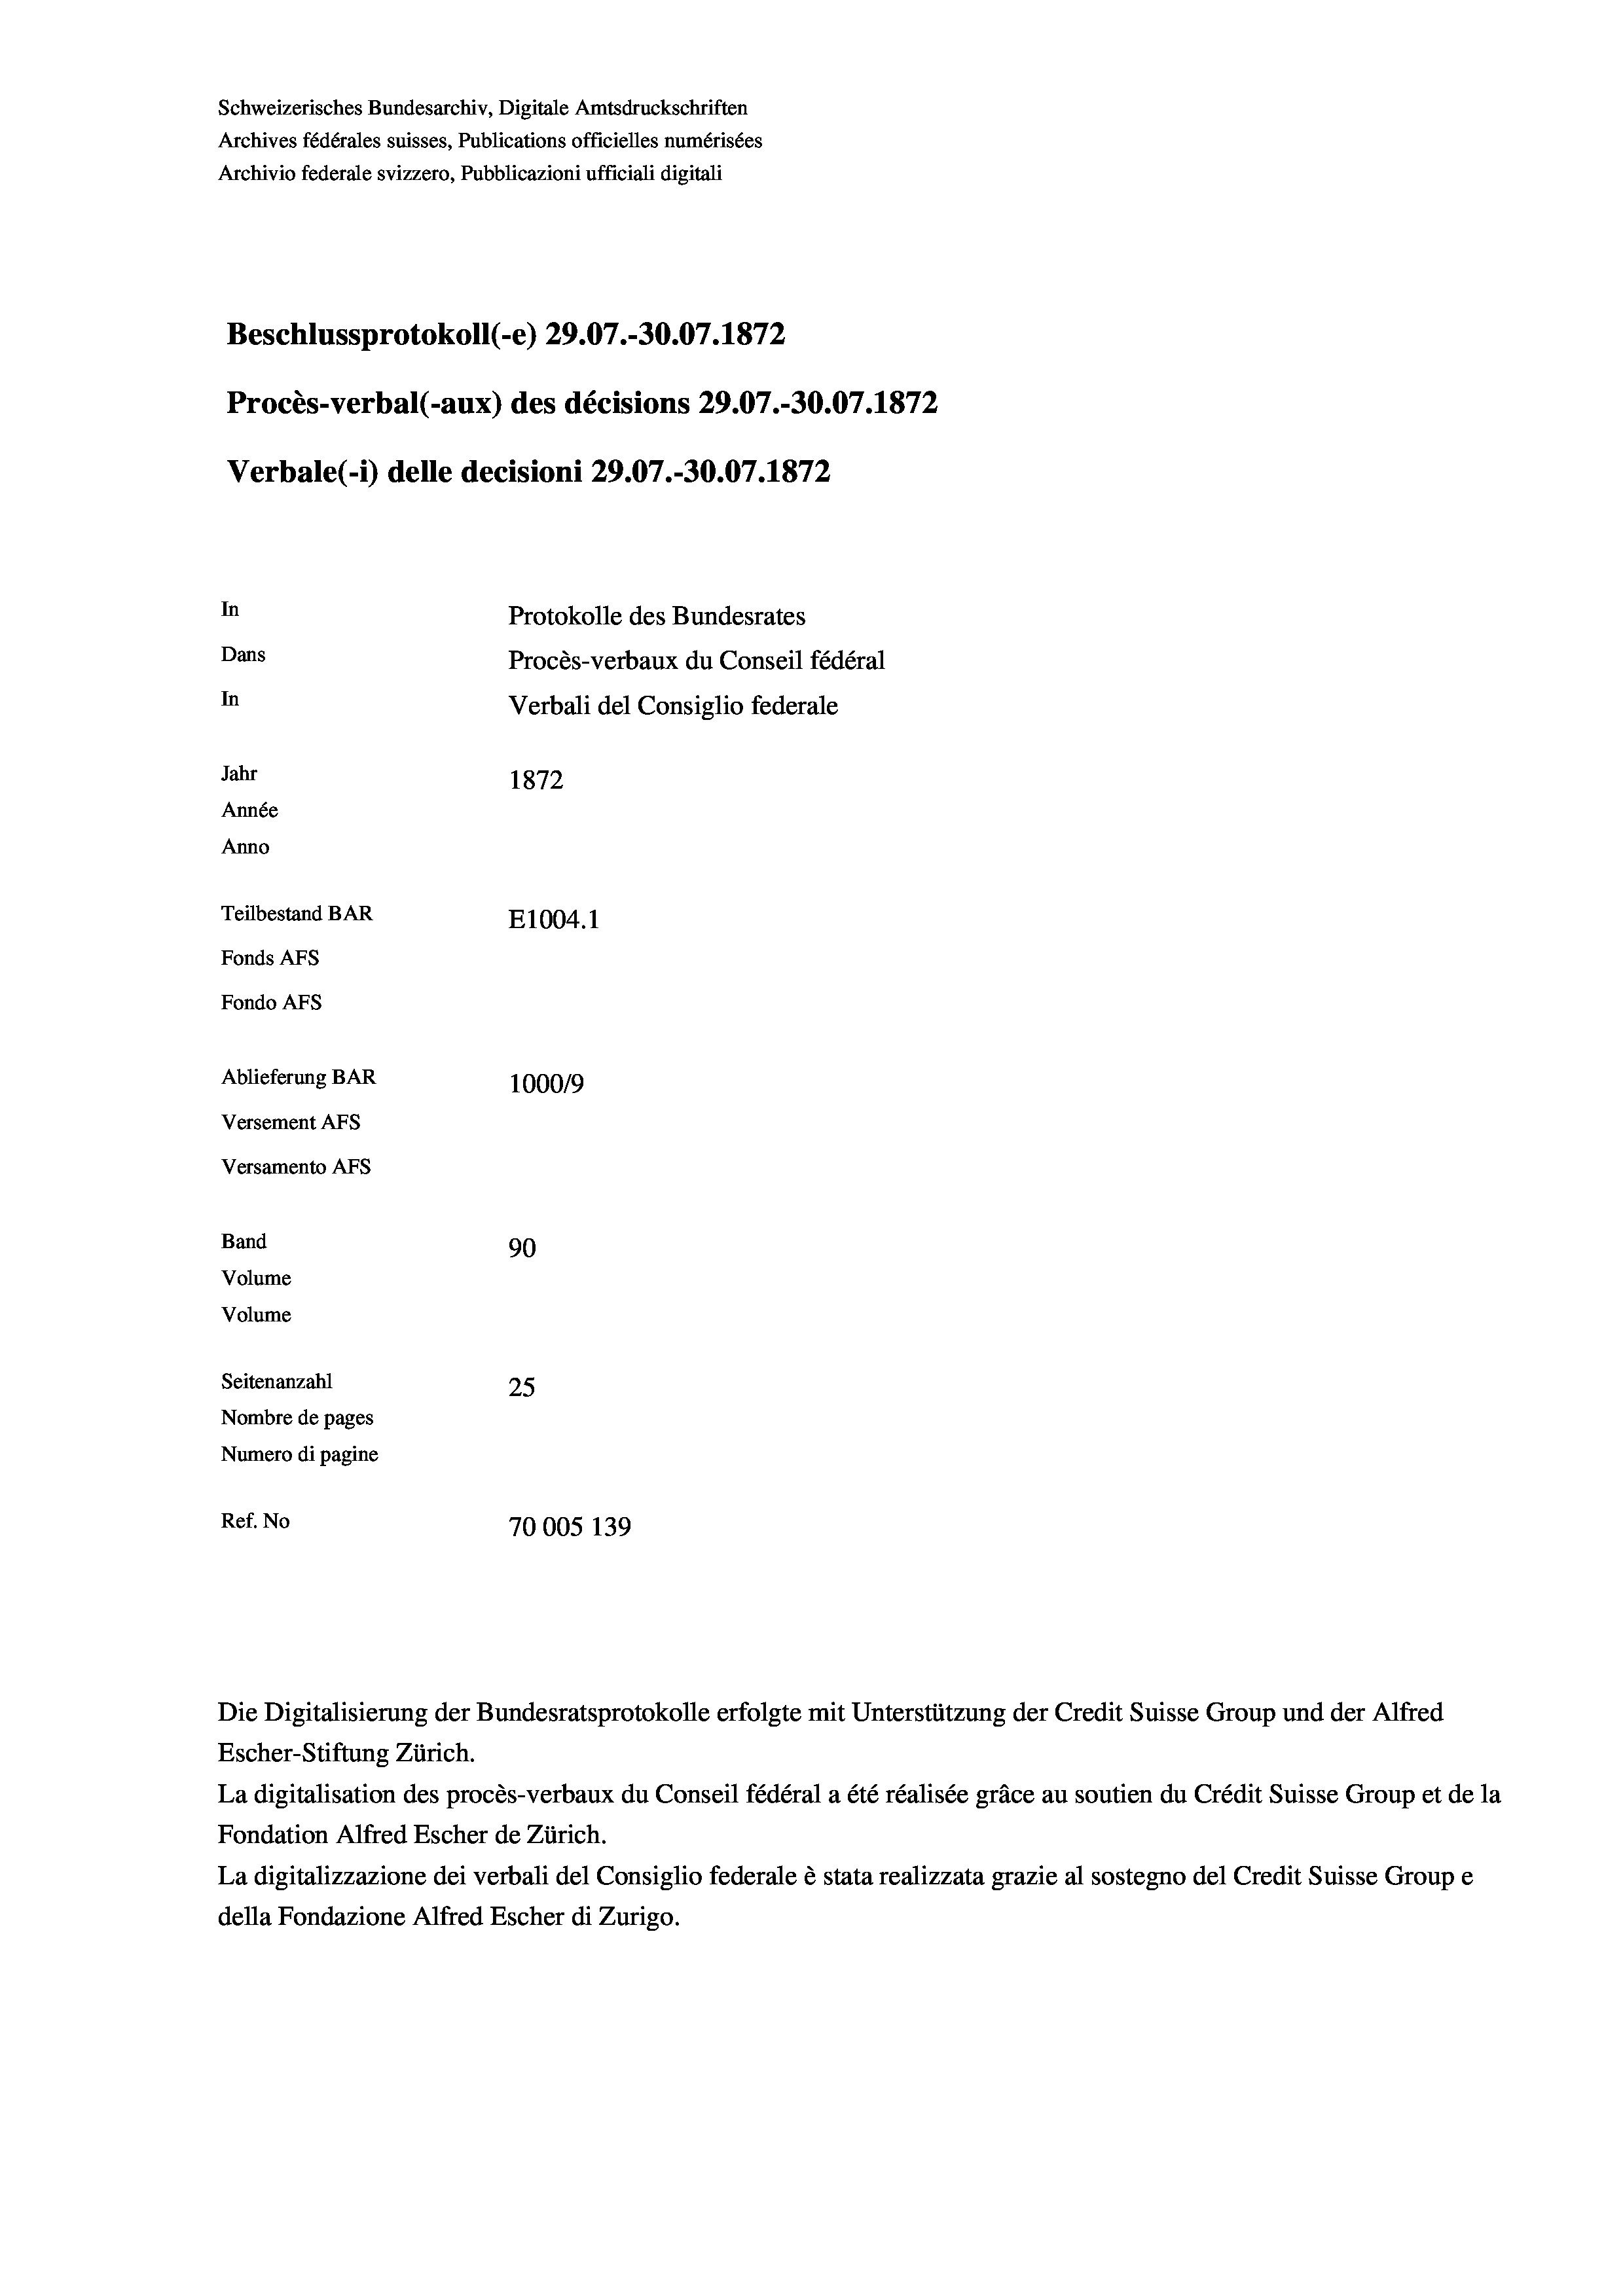
Schweizerisches Bundesarchiv, Digitale Amtsdruckschriften
Archives fédérales suisses, Publications officielles numérisées
Archivio federale svizzero, Pubblicazioni ufficiali digitali
Beschlussprotokoll (-e) 29.07.-30.07. 1872
Procès-verbal (-aux) des décisions 29.07.-30.07. 1872
Verbale (- 1) delle decisioni 29.07.-30.07. 1872
In
Protokolle des Bundesrates
Dans
Procès-verbaux du Conseil fédéral
In
Verbali del Consiglio federale
Jahr
1872
Année
Anno
Teilbestand BAR
E1004. 1
Fonds AFs
Fondo Afs
Ablieferung BAR
100019
Versement AFs
Versamento AFs

90
1
Seitenanzahl
25
Nombre de pages
Numero di pagine
Ref. No
70005 139

Band
Volume
Volume

Escher-Stiftung Zürich.
La digitalisation des procès-verbaux du Conseil fédéral a été réalisée gräce au soutien du Crédit Suisse Group et de la
Fondation Alfred Escher de Zürich.
La digitalizzazione dei verbali del Consiglio federale è stata realizzata grazie al sostegno del Credit Suisse Groupe
della Fondazione Alfred Escher di Zurigo.

Die Digitalisierung der Bundesratsprotokolle erfolgte mit Unterstützung der Credit Suisse Group und der Alfred